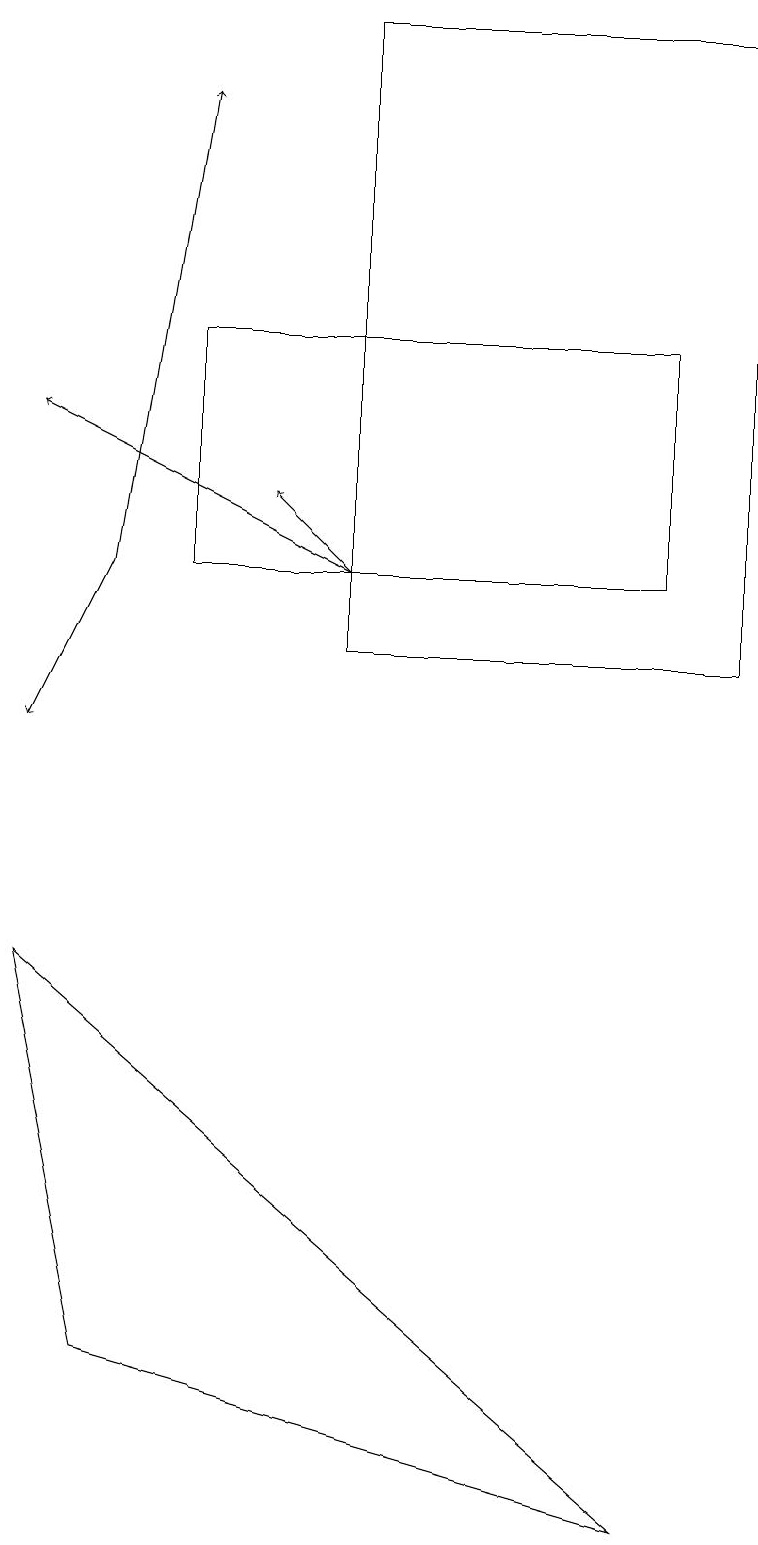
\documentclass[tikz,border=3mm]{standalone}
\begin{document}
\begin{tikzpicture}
\draw (1,2) -- (8,0) -- (0,7) -- cycle;
\draw (9,19) rectangle (4,11);
\draw[->] (4,12) -- (3,13);
\draw[->] (4,12) -- (0,14);
\draw (2,15) rectangle (8,12);
\draw[->] (1,12) -- (2,18);
\draw[->] (1,12) -- (0,10);
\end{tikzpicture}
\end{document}